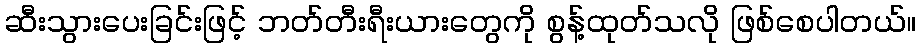
ဆီးသွားပေးခြင်းဖြင့် ဘတ်တီးရီးယားတွေကို စွန့်ထုတ်သလို ဖြစ်စေပါတယ်။